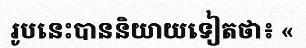
រូបនេះបាននិយាយទៀតថា៖ «